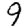
Digit: 9